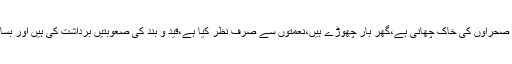
یہ ذمہ داریاں ادا کرتے ہوئے انہوں نے جنگلوں اور صحراوں کی خاک چھانی ہے،گھر بار چھوڑے ہیں،نعمتوں سے صرفِ نظر کیا ہے،قید و بند کی صعوبتیں برداشت کی ہیں اور بسا اوقات اپنی جانیں بھی را ہ حق میں پیش کر دی ہیں۔